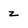
Character: z